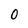
Character: O